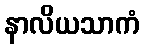
နာလိယသာကံ